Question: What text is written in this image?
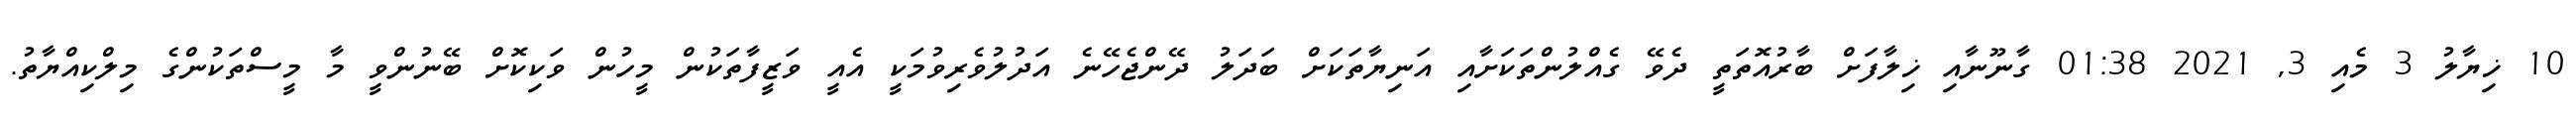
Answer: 10 ޚިޔާލު 3 މެއި 3, 2021 01:38 ގާނޫނާއި ޚިލާފަށް ބާރުއޮތަތީ ދެވޭ ގެއްލުންތަކަށާއި އަނިޔާތަކަށް ބަދަލު ދޭންޖެހޭނެ އަދުލުވެރިވުމަކީ އެއީ ވަޒީފާތަކުން މީހުން ވަކިކޮށް ބޭނުންވީ މާ މީސްތަކުންގެ މިލްކިއްޔާތު.